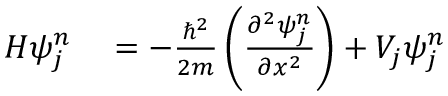
\begin{array} { r l } { H \psi _ { j } ^ { n } } & { { } = - \frac { \hbar ^ { 2 } } { 2 m } \left( \frac { \partial ^ { 2 } \psi _ { j } ^ { n } } { \partial x ^ { 2 } } \right) + V _ { j } \psi _ { j } ^ { n } } \end{array}